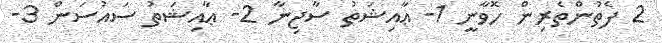
2 ފެތުންތެރިން ހޮވާނީ 1- ޢާއިޝަތު ސާޖިނާ 2- ޢާއިޝަތު ސައުސަން 3-